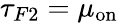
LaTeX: \tau_{F2}=\mu_{\mathrm{on}}